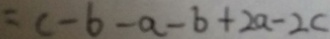
= c - b - a - b + 2 a - 2 c